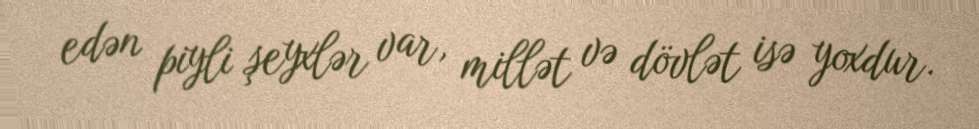
edən piyli şeyxlər var, millət və dövlət isə yoxdur.